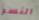
النسر